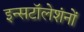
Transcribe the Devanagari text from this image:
इन्सटॉलेशंनों